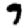
Digit: 9